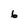
Character: 6